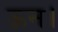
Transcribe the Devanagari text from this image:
ऊन।